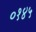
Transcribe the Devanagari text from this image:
०१४५